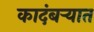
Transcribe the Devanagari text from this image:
कादंबऱ्यात